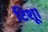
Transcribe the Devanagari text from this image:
टिशू।